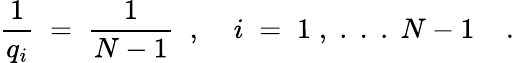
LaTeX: \frac{1}{q_{i}}\; =\; \frac{1}{N-1}\; \; ,\; \; \; \; i\; =\; 1\; ,\; .\; .\; .\; N-1\; \; \; \; .